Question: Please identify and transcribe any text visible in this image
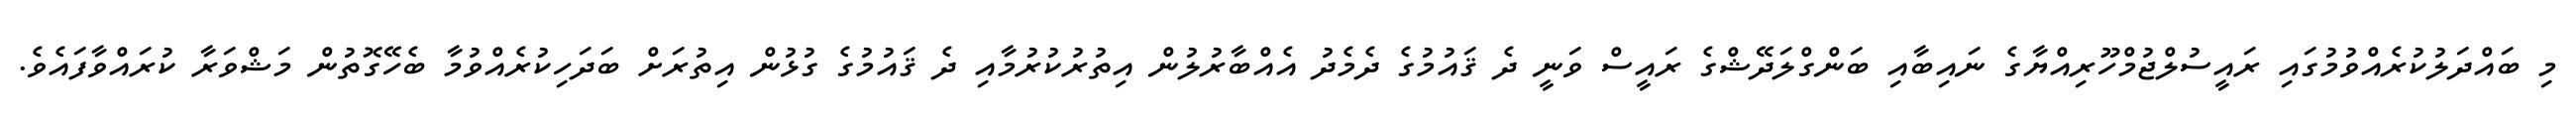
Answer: މި ބައްދަލުކުރެއްވުމުގައި ރައީސުލްޖުމްހޫރިއްޔާގެ ނައިބާއި ބަންގްލަދޭޝްގެ ރައީސް ވަނީ ދެ ޤައުމުގެ ދެމެދު އެއްބާރުލުން އިތުރުކުރުމާއި ދެ ޤައުމުގެ ގުޅުން އިތުރަށް ބަދަހިކުރެއްވުމާ ބެހޭގޮތުން މަޝްވަރާ ކުރައްވާފައެވެ.